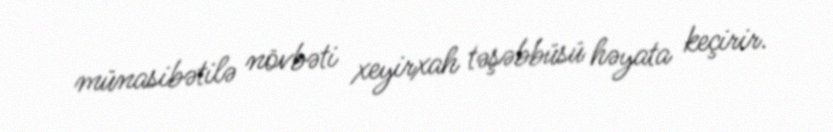
münasibətilə növbəti xeyirxah təşəbbüsü həyata keçirir.